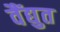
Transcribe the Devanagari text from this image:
वैंद्युत